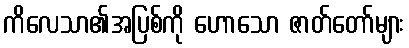
ကိလေသာ၏အပြစ်ကို ဟောသော ဇာတ်တော်များ